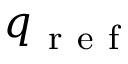
q _ { \mathrm { ~ r ~ e ~ f ~ } }